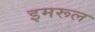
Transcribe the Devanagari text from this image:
इमरूल